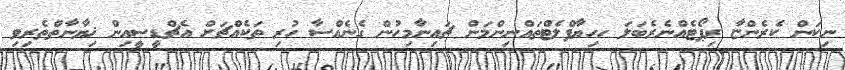
ނިކަން ކެރެންޏާ ރިޕޯޓެއްނެރެބަލަ ހހިޔާފްލެޓްތައްނިންމަން ޗައިނާމިހުން ގެނެއްސާ ހުރި ތަކެއްޗަށް އެޗްޑީސީއިން ޚިޔާނާތްތެރިވި